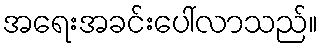
အရေးအခင်းပေါ်လာသည်။